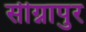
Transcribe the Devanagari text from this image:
सीग्नापुर